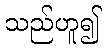
သည်ဟူ၍